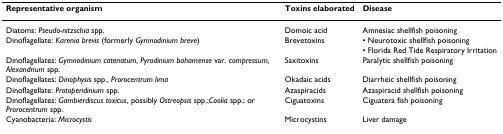
<table><thead><tr><td><b>Representative organism</b></td><td><b>Toxins elaborated</b></td><td><b>Disease</b></td></tr></thead><tbody><tr><td>Diatoms: <i>Pseudo-nitzschia </i>spp.</td><td>Domoic acid</td><td>Amnesiac shellfish poisoning</td></tr><tr><td>Dinoflagellate: <i>Karenia brevis </i>(formerly <i>Gymnodinium breve</i>)</td><td>Brevetoxins</td><td>• Neurotoxic shellfish poisoning• Florida Red Tide Respiratory Irritation</td></tr><tr><td>Dinoflagellates: <i>Gymnodinium catenatum, Pyrodinium bahamense </i>var. <i>compressum, Alexandrium </i>spp.</td><td>Saxitoxins</td><td>Paralytic shellfish poisoning</td></tr><tr><td>Dinoflagellates: <i>Dinophysis </i>spp., <i>Prorocentrum lima</i></td><td>Okadaic acids</td><td>Diarrheic shellfish poisoning</td></tr><tr><td>Dinoflagellate: <i>Protoperidinium </i>spp.</td><td>Azaspiracids</td><td>Azaspiracid shellfish poisoning</td></tr><tr><td>Dinoflagellates: <i>Gambierdiscus toxicus</i>, possibly <i>Ostreopsis </i>spp.;<i>Coolia </i>spp.; or <i>Prorocentrum </i>spp.</td><td>Ciguatoxins</td><td>Ciguatera fish poisoning</td></tr><tr><td>Cyanobacteria: <i>Microcystis</i></td><td>Microcystins</td><td>Liver damage</td></tr></tbody></table>